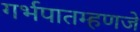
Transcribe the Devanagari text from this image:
गर्भपातम्हणजे